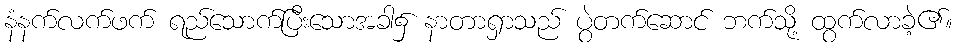
နံနက်လက်ဖက် ရည်သောက်ပြီးသောအခါ၌ နာတာရှာသည် ပွဲတက်ဆောင် ဘက်သို့ ထွက်လာခဲ့၏။